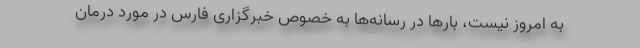
به امروز نیست، بارها در رسانه‌ها به خصوص خبرگزاری فارس در مورد درمان